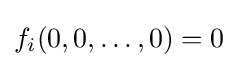
f_{i}(0,0,\dots ,0)=0